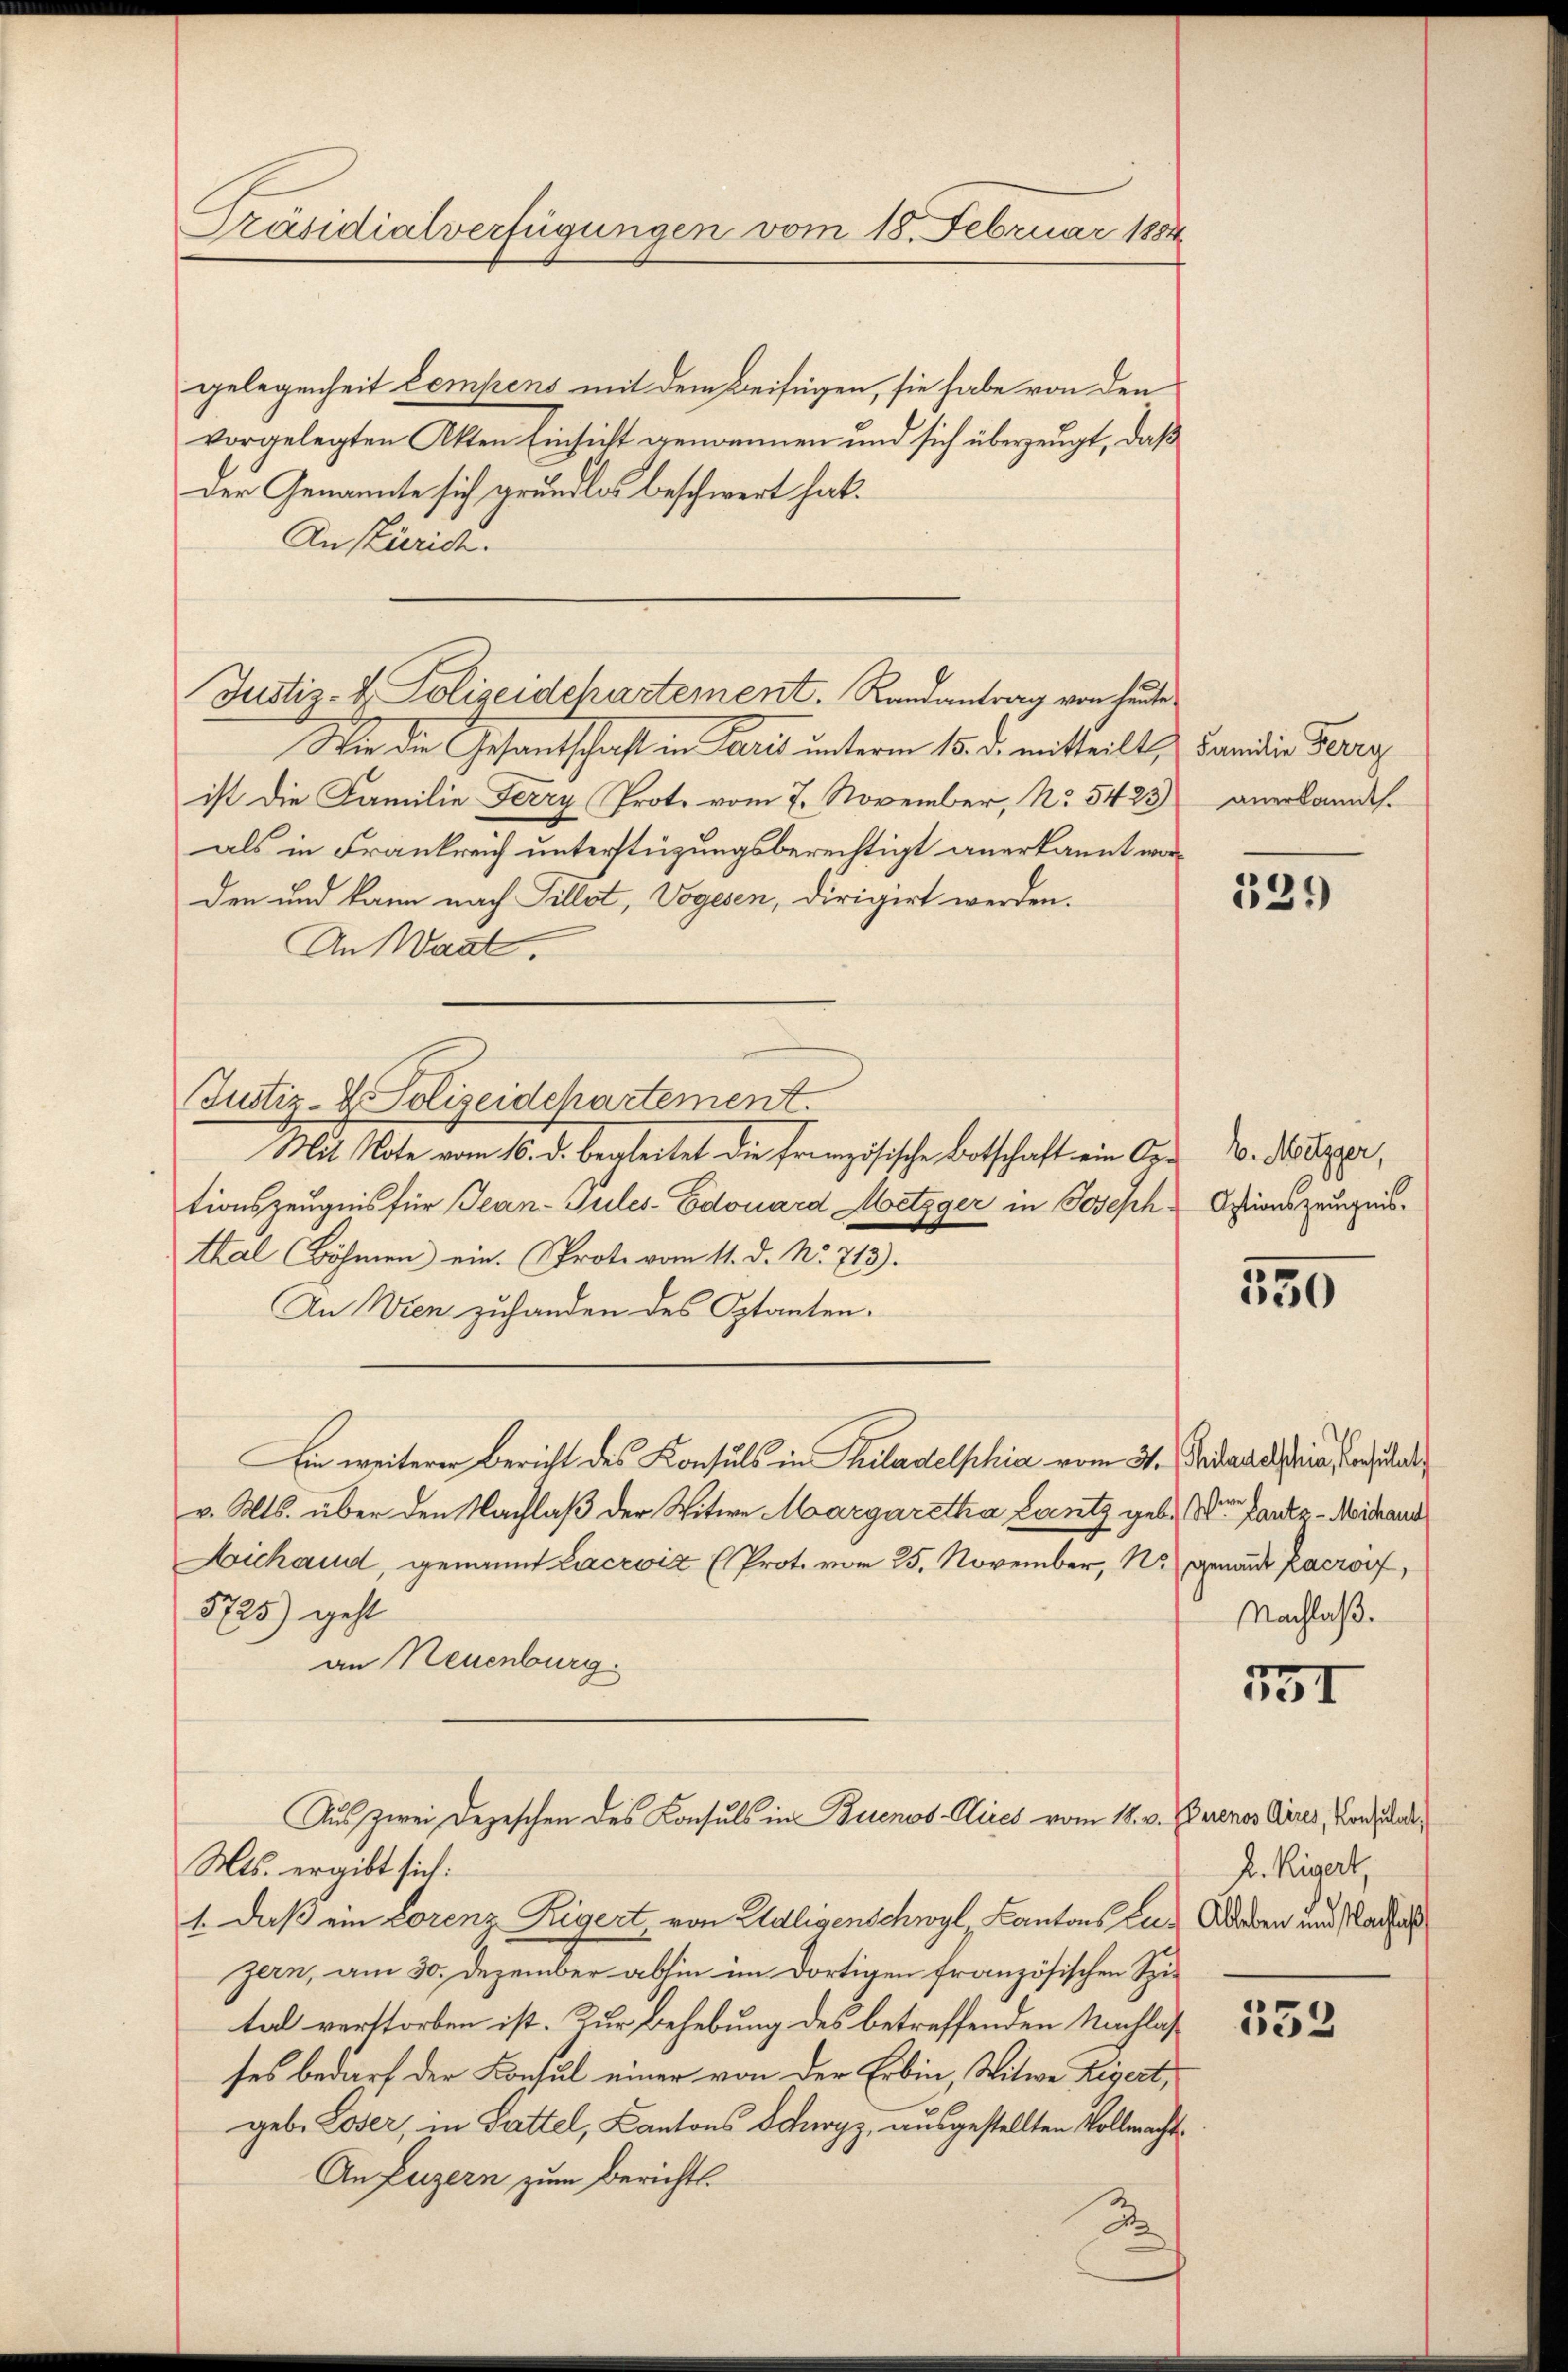
Präsidialverfügungen vom 18. Februar 1884

gelegenheit Compens mit dem Beifügen, sie habe von den
vorgelegten Akten Einsicht genommen und sich überzeugt, daß
Der Genannte sich grundlos beschwert hat.
An Zürich.
Wer die Gesandtschaft in Paris unterm 15. d. mitteilt,
ist die Familie Ferry (Prot. vom 7. November, No 5423)
als in Frankreich unterstüzungsberechtigt anerkannt worden und kann nach Tillet, Vogesen, dirigirt werden.
An Waat.
Justiz- & Polizeidepartement.
Mit Note vom 16. d. begleitet die französische Botschaft ein Ortionszeugnis für Jean-Tules-Edouard Metzger in Joseph
thal Böhmen) ein. Prote vom 11. d. No. 713).
An Wien zuhanden des Optanten¬
Ein weiterer Bericht des Konsuls in Philadelphia vom 31. Judasalia, den
v. Mts. über den Nachlaß der Witwe Margaretha Lantz gebe. Wien Lantz - Mihand
Michaud, genannt Lacroiz (Prot. vor 25. November, N. genau Karof,
5725) geht
an Neuenburg.
Aus zwei Depeschen des Konsuls in Buenos-Aires vom 18. v. Buenos Aires, Konsta
Mts. ergibt sich:
1. daß ein Lorenz Zigert, von Adligenschwyl Kantons zur Adeben und Nach
zern, am 30. Dezember abhin im dortigen französischen Spital verstorben ist. Zur Behebung des betreffenden Nachlaßses bedarf der Konsul einer von der Erbin, Witwe Zigert,
geb. Loser, in Sattel, Cantons Schwyz, ausgestellten Vollmacht¬
An Luzern zum Berichts¬
2

Justiz- & Polizeidchartement. Randantrag von heute

Familie Ferry
anerkannt.

321)

b. Metzger,
Aptionszeugnis.

550

Nachlaß.

531

R. Rigert,

333